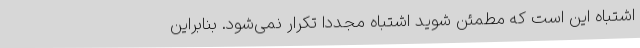
اشتباه این است که مطمئن شوید اشتباه مجدداً تکرار نمی‌شود. بنابراین